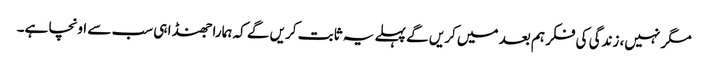
مگر نہیں، زندگی کی فکر ہم بعد میں کریں گے پہلے یہ ثابت کریں گے کہ ہمارا جھنڈا ہی سب سے اونچا ہے۔